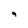
Character: 9